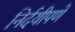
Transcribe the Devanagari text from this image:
निर्दयीपणे